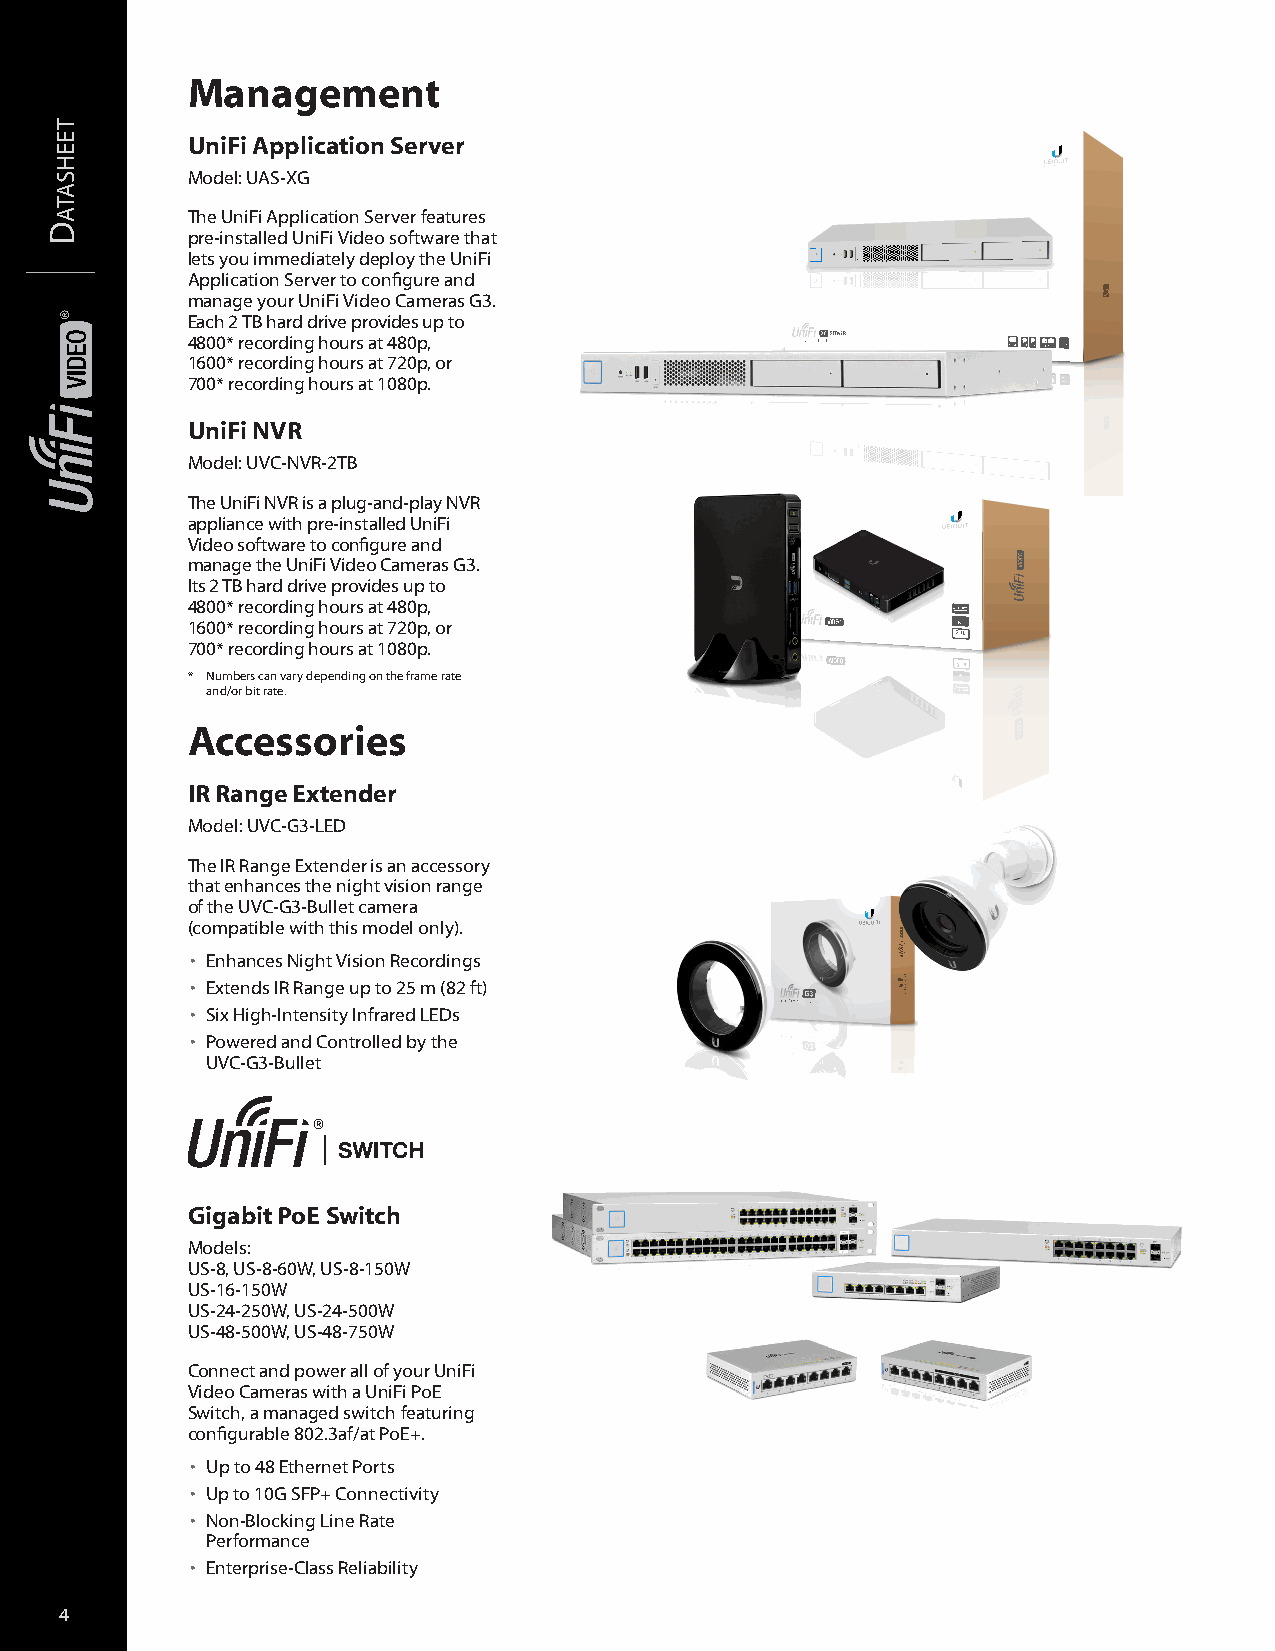
Management
 UniFi Application Server
 Model: UAS-XG
 The UniFi Application Server features
 pre-installed UniFi Video software that
 lets you immediately deploy the UniFi
 Application Server to configure and
 manage your UniFi Video Cameras G3.
 Each 2 TB hard drive provides up to
 4800* recording hours at 480p,
 1600* recording hours at 720p, or
 700* recording hours at 1080p.
 UniFi NVR
 Model: UVC-NVR-2TB
 The UniFi NVR is a plug-and-play NVR
 appliance with pre-installed UniFi
 Video software to configure and
 manage the UniFi Video Cameras G3.
 Its 2 TB hard drive provides up to
 4800* recording hours at 480p,
 1600* recording hours at 720p, or
 700* recording hours at 1080p.
 * Numbers can vary depending on the frame rate
 and/or bit rate.
 Accessories
 IR Range Extender
 Model: UVC-G3-LED
 The IR Range Extender is an accessory
 that enhances the night vision range
 of the UVC-G3-Bullet camera
 (compatible with this model only).
 • Enhances Night Vision Recordings
 • Extends IR Range up to 25 m (82 ft)
 • Six High-Intensity Infrared LEDs
 • Powered and Controlled by the
 UVC-G3-Bullet
 Gigabit PoE Switch
 Models:
 US-8, US-8-60W, US-8-150W
 US-16-150W
 US-24-250W, US-24-500W
 US-48-500W, US-48-750W
 Connect and power all of your UniFi
 Video Cameras with a UniFi PoE
 Switch, a managed switch featuring
 configurable 802.3af/at PoE+.
 • Up to 48 Ethernet Ports
 • Up to 10G SFP+ Connectivity
 • Non-Blocking Line Rate
 Performance
 • Enterprise-Class Reliability
 4
 D
 teehsata